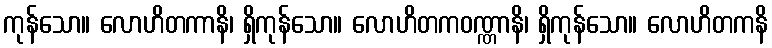
ကုန်သော။ လောဟိတကာနိ၊ ရှိကုန်သော။ လောဟိတကဝဏ္ဏာနိ၊ ရှိကုန်သော။ လောဟိတကနိ